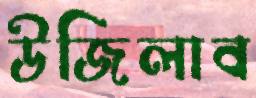
উজিলাব